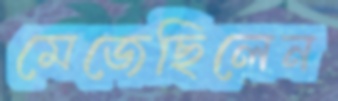
মেজেছিলেন